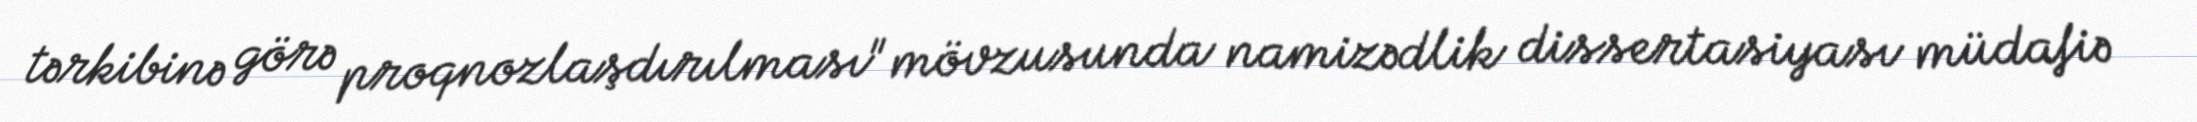
tərkibinə görə proqnozlaşdırılması" mövzusunda namizədlik dissertasiyası müdafiə